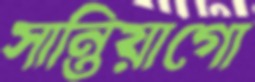
সান্তিয়াগো